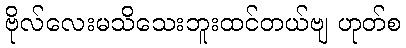
ဗိုလ်လေးမသိသေးဘူးထင်တယ်ဗျ ဟုတ်စ